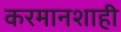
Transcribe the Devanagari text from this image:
करमानशाही